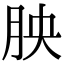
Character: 胦